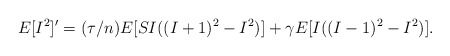
\begin{align*}E[I^2]'=(\tau/n)E[SI((I+1)^2-I^2)]+\gamma E[I((I-1)^2-I^2)].\end{align*}